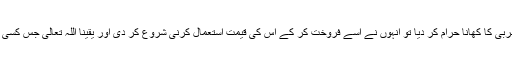
آپ صلی اللہ علیہ وسلم نے یہ کلمات تین مرتبہ دہرائے پھر کہا اللہ تعالیٰ نے ان پر چربی کا کھانا حرام کر دیا تو انہوں نے اسے فروخت کر کے اس کی قیمت استعمال کرنی شروع کر دی اور یقینا اللہ تعالیٰ جس کسی قوم پر کسی چیز کا کھانا حرام کر دیتا ہے اس کی قیمت بھی ان پر حرام کر دیتا ہے۔